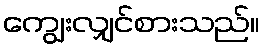
ကျွေးလျှင်စားသည်။